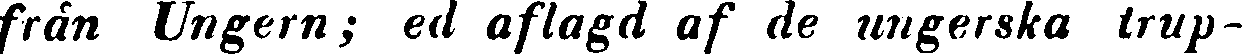
från Ungern; ed aflagd af de ungerska trup-